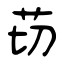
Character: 苆